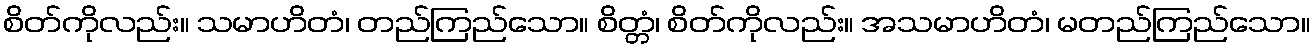
စိတ်ကိုလည်း။ သမာဟိတံ၊ တည်ကြည်သော။ စိတ္တံ၊ စိတ်ကိုလည်း။ အသမာဟိတံ၊ မတည်ကြည်သော။